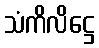
သံကိလိဋ္ဌေ